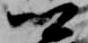
郷